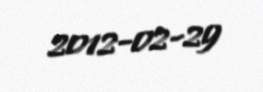
2012-02-29